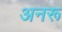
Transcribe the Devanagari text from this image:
अनरू